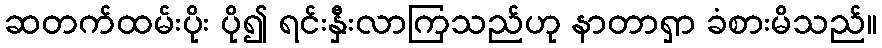
ဆတက်ထမ်းပိုး ပို၍ ရင်းနှီးလာကြသည်ဟု နာတာရှာ ခံစားမိသည်။